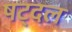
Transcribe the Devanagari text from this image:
षट्दल